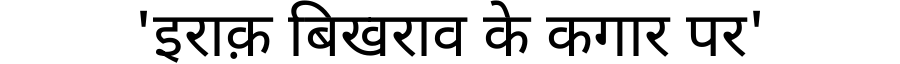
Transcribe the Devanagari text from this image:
'इराक़ बिखराव के कगार पर'